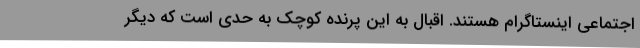
اجتماعی اینستاگرام هستند. اقبال به این پرنده کوچک به حدی است که دیگر